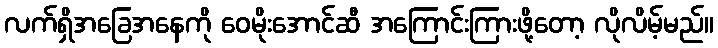
လက်ရှိအခြေအနေကို ဝေမိုးအောင်ဆီ အကြောင်းကြားဖို့တော့ လိုလိမ့်မည်။